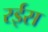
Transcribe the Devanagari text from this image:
रर्इस